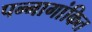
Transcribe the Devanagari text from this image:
पन्नागांकित